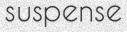
suspense